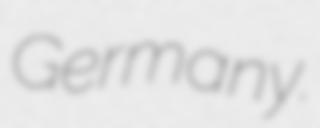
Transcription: Germany.